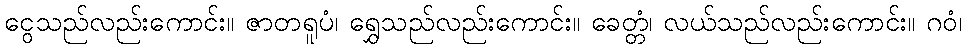
ငွေသည်လည်းကောင်း။ ဇာတရူပံ၊ ရွှေသည်လည်းကောင်း။ ခေတ္တံ၊ လယ်သည်လည်းကောင်း။ ဂဝံ၊